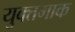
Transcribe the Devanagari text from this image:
युक्तगाक